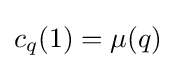
c_{q}(1)=\mu (q)